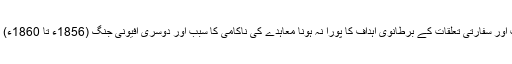
بہتر تجارت اور سفارتی تعلقات کے برطانوی اہداف کا پورا نہ ہونا معاہدے کی ناکامی کا سبب اور دوسری افیونی جنگ (1856ء تا 1860ء) کی وجہ بنا۔